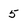
Character: 5